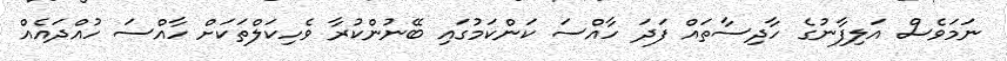
ނަމަވެސް އަލިފާނުގެ ހާދިސާތައް ފަދަ ހާއްސަ ކަންކަމުގައި ބޭނުންކުރާ ވެހިކަލްތަކަށް ހާއްސަ ހުއްދައެއް